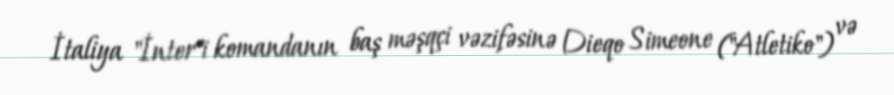
İtaliya "İnter"i komandanın baş məşqçi vəzifəsinə Dieqo Simeone ("Atletiko") və